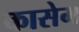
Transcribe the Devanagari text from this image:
कासेम